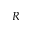
R